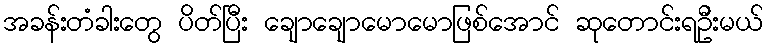
အခန်းတံခါးတွေ ပိတ်ပြီး ချောချောမောမောဖြစ်အောင် ဆုတောင်းရဦးမယ်